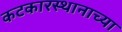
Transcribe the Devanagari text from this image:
कटकारस्थानाच्या